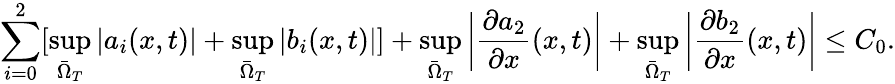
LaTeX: \sum_{i=0}^{2}[\underset{\bar{\Omega}_{T}}{\operatorname*{sup}}|a_{i}(x,t)|+\underset{\bar{\Omega}_{T}}{\operatorname*{sup}}|b_{i}(x,t)|]+\underset{\bar{\Omega}_{T}}{\operatorname*{sup}}\bigg|\frac{\partial a_{2}}{\partial x}(x,t)\bigg|+\underset{\bar{\Omega}_{T}}{\operatorname*{sup}}\bigg|\frac{\partial b_{2}}{\partial x}(x,t)\bigg|\leq C_{0}.